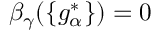
\beta _ { \gamma } ( \{ g _ { \alpha } ^ { * } \} ) = 0